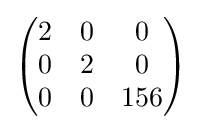
{\begin{pmatrix}2&0&0\\0&2&0\\0&0&156\end{pmatrix}}